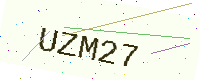
Text: UZM27